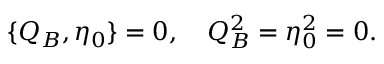
\{ Q _ { B } , \eta _ { 0 } \} = 0 , \quad Q _ { B } ^ { 2 } = \eta _ { 0 } ^ { 2 } = 0 .